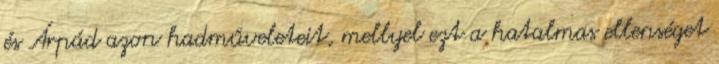
és Árpád azon hadműveleteit, mellyel ezt a hatalmas ellenséget